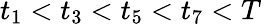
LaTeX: t_{1}<t_{3}<t_{5}<t_{7}<T